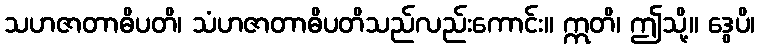
သဟဇာတာဓိပတိ၊ သံဟဇာတာဓိပတိသည်လည်းကောင်း။ ဣတိ၊ ဤသို့။ ဒွေပိ၊